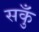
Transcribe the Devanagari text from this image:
सकुँ